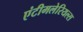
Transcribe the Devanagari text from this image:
एंटीमलेरियल्स